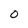
Character: 0